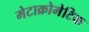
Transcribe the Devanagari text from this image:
मेटाक्रोमेटिक